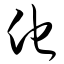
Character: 他